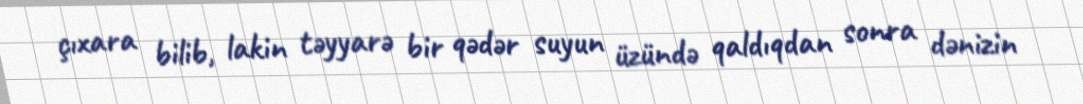
çıxara bilib, lakin təyyarə bir qədər suyun üzündə qaldıqdan sonra dənizin